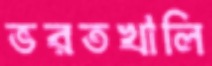
ভরতখালি